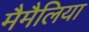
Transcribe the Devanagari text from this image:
मैमैलिया